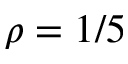
\rho = 1 / 5